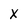
Character: X